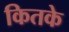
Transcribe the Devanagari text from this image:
कितके